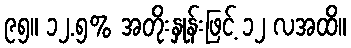
၉၅။ ၁၂.၅% အတိုးနှုန်းဖြင့် ၁၂ လအထိ။